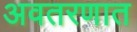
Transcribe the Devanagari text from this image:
अवतरणात